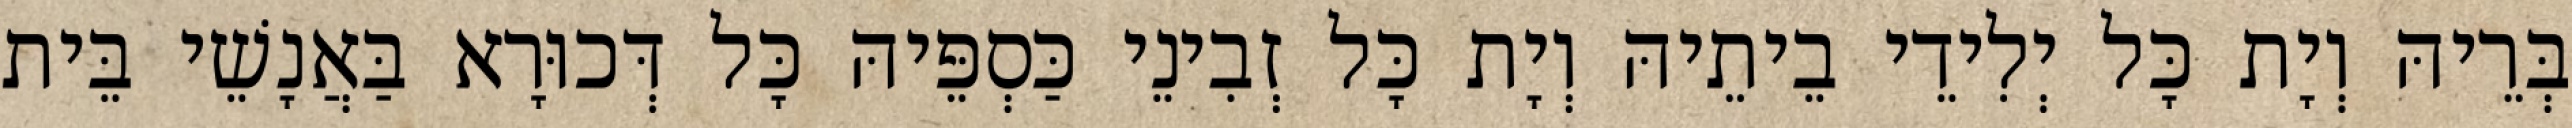
בְּרֵיהּ וְיָת כָּל יְלִידֵי בֵיתֵיהּ וְיָת כָּל זְבִינֵי כַּסְפֵּיהּ כָּל דְּכוּרָא בַּאֲנָשֵׁי בֵּית